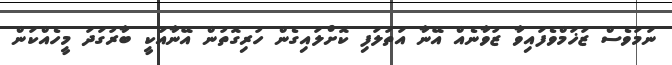
ނަމަވެސް ޒަޚަމްވެފައިވާ ޒުވާނެއް އޭނާ އަތުލަފި ކޮށްލައިގެން ހުރިގޮތުން އޭނާއަކީ ބާރުގަދަ މީހެއްކަން